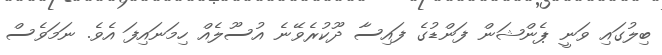
ބިލުގައި ވަނީ ޕެންޝަން ފަންޑުގެ ފައިސާ ދޫކުރެވޭނެ އުސޫލެއް ހިމަނައިފަ އެވެ. ނަމަވެސް